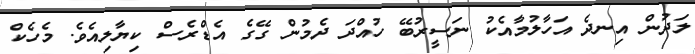
ލަދުން އިނދެ އަހާލުމާއެކު ނަސީރުބޭ ހުއްދަ ދެމުން ގޭގެ އެޑްރެސް ކިޔާލިއެވެ. މެހެކް